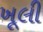
ખૂલી